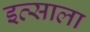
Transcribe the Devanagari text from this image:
इत्साला